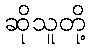
ဆိုသူတို့